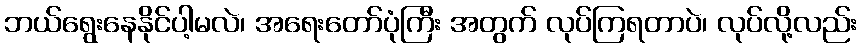
ဘယ်ရွေးနေနိုင်ပါ့မလဲ၊ အရေးတော်ပုံကြီး အတွက် လုပ်ကြရတာပဲ၊ လုပ်လို့လည်း